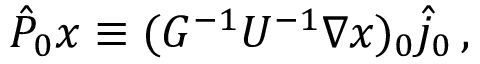
\begin{array} { r } { \hat { P } _ { 0 } x \equiv ( G ^ { - 1 } U ^ { - 1 } \nabla x ) _ { 0 } \hat { j } _ { 0 } \, , } \end{array}